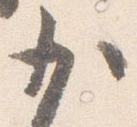
少